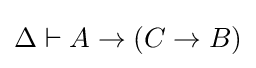
\Delta \vdash A\to (C\to B)